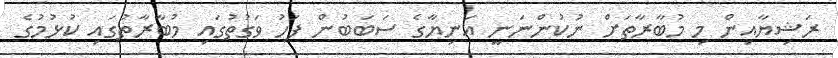
ރަޝިޔާއިން މި މުބާރާތަށް ނުކުންނަނީ އަނިޔާގެ ސަަބަބުން ފަހު ވަގުތުގައި މުބާރާތުގައި ކުޅުމުގެ